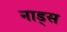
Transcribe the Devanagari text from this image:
नाड्स